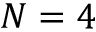
N = 4